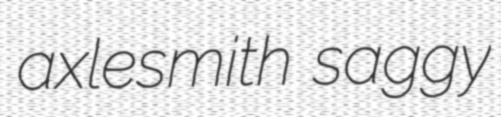
axlesmith saggy